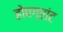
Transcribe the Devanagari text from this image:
होपग्रांट